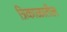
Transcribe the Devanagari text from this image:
त्रिकाळातील